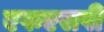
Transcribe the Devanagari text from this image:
एफएसपी